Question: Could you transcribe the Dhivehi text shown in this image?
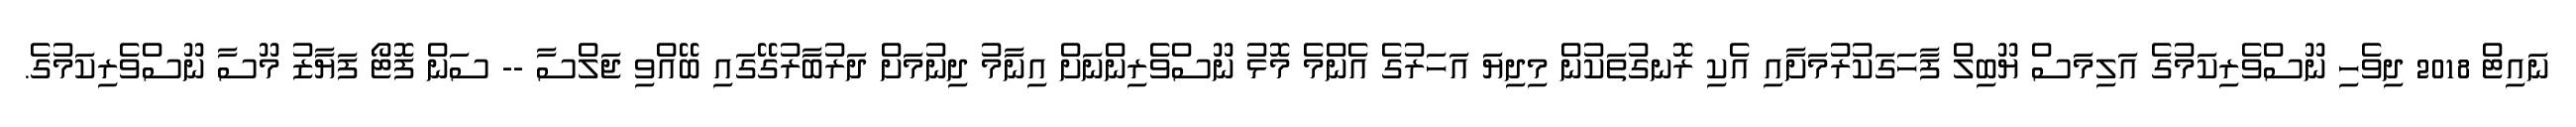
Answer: ނައިޓް 2018 ދިވެހި ނޫސްވެރިކަމުގެ އަލިމަސް ޔޫބިލް ފާހަގަކުރުމަށާއި އެކި ރޮނގުތަކުން މިދިޔަ އަހަރުގެ އެންމެ މޮޅު ނޫސްވެރިންނަށް އިނާމު ދިނުމަށް ދަރުބާރުގޭގައި ބޭއްވި ޖަލްސާ -- ސަން ފޮޓޯ ފަޔާޒު މޫސާ ނޫސްވެރިކަމުގެ.